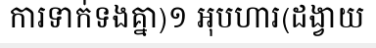
ការទាក់ទងគ្នា)១ អុបហារ(ដង្វាយ